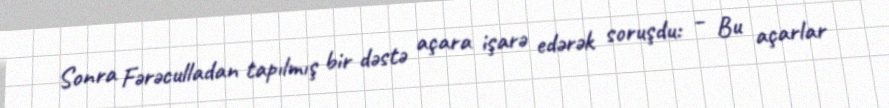
Sonra Fərəculladan tapılmış bir dəstə açara işarə edərək soruşdu: – Bu açarlar